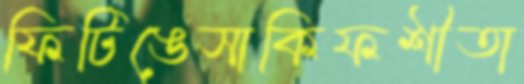
ফিটিঙেসাকিফশীতা